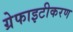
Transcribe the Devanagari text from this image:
ग्रेफाइटीकरण